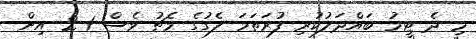
މި ދެ ޓީމު ބައްދަލުކުރި ފުރަތަމަ ލެގުގެ މެޗު ވެސް 1-2 އިން